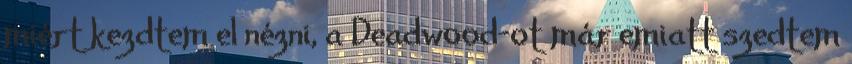
miért kezdtem el nézni, a Deadwood-ot már emiatt szedtem